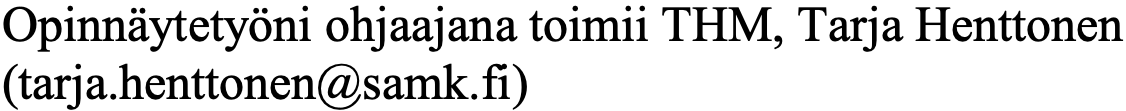
Opinnäytetyöni ohjaajana toimii THM, Tarja Henttonen (tarja.henttonen@samk.fi)